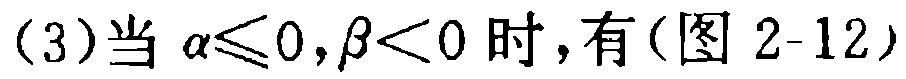
(3)当 \(\alpha\leqslant0,\beta<0\) 时，有(图 2-12)